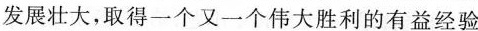
发展壮大，取得一个又一个伟大胜利的有益经验